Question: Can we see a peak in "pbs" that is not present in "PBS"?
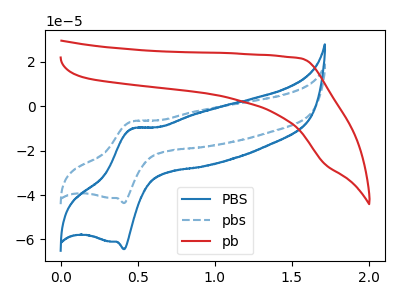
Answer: <think>The blue curve "PBS" has an anodic peak at (0.45V, -10.25uA) and a cathodic peak at (0.40V, -64.40uA). The blue dashed curve "pbs" has an anodic peak at (0.45V, -6.95uA) and a cathodic peak at (0.40V, -43.65uA). The red curve "pb" has no peaks.
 All the peaks in "pbs" have a peak in "PBS" at the same potential.</think>
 <answer>No, "pbs" and "PBS" don't appear to be significantly different in shape</answer>
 <eval>no_change</eval>